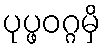
ပုပ္ဖဝဂ္ဂမှိ